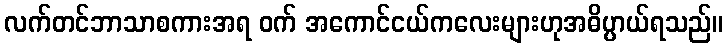
လက်တင်ဘာသာစကားအရ ဝက် အကောင်ငယ်ကလေးများဟုအဓိပ္ပာယ်ရသည်။